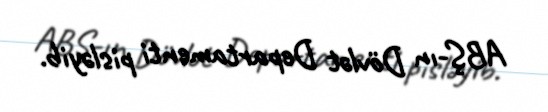
ABŞ-ın Dövlət Departamenti pisləyib.